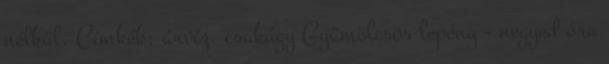
nélkül. Címkék: árvíz, csakúgy Gyümölcsös lepény - negyed óra